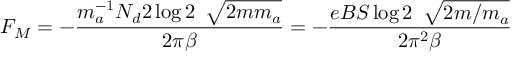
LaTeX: F _ { M } = - \frac { m _ { a } ^ { - 1 } N _ { d } 2 \log 2 \, \ \sqrt { 2 m m _ { a } } } { 2 \pi \beta } = - \frac { e B S \log 2 \, \ \sqrt { 2 m / m _ { a } } } { 2 \pi ^ { 2 } \beta }